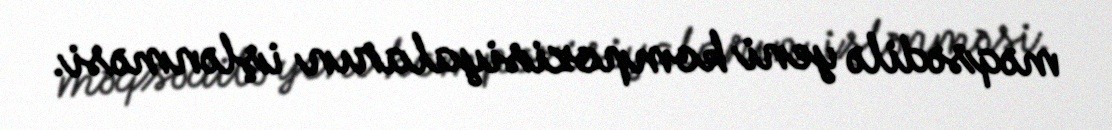
məqsədilə yeni kompozisiyaların işlənməsi.